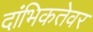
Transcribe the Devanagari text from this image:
दांभिकतेवर